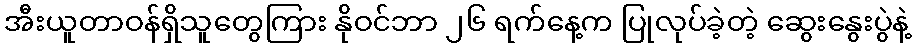
အီးယူတာဝန်ရှိသူတွေကြား နိုဝင်ဘာ ၂၆ ရက်နေ့က ပြုလုပ်ခဲ့တဲ့ ဆွေးနွေးပွဲနဲ့